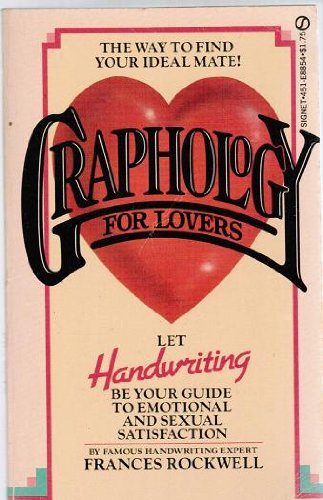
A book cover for Graphology for Lovers; Rockwell; Self-Help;